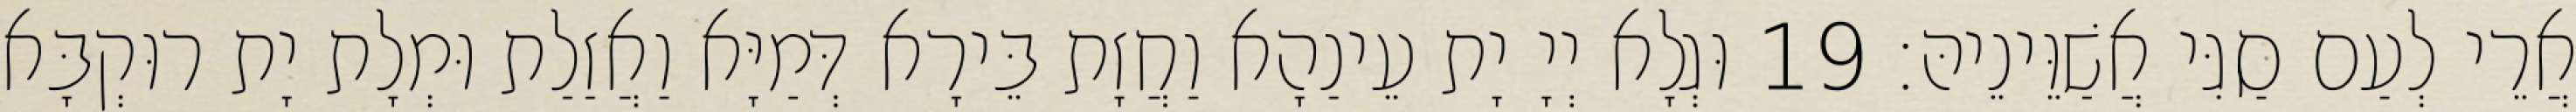
אֲרֵי לְעַם סַגִּי אֲשַׁוֵּינֵיהּ׃ 19 וּגְלָא יְיָ יָת עֵינַהָא וַחֲזָת בֵּירָא דְּמַיָּא וַאֲזַלַת וּמְלָת יָת רוּקְבָּא